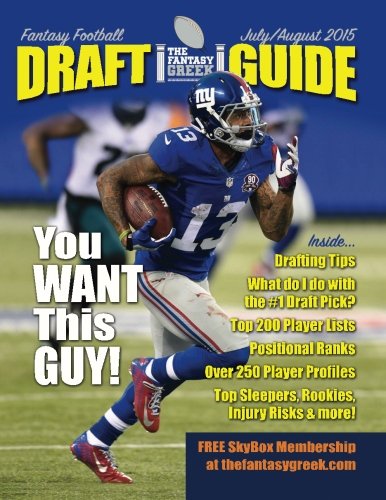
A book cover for Fantasy Football Draft Guide July/August 2015 (The Fantasy Greek Fantasy Football Draft Guide); James Saranteas; Humor & Entertainment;